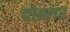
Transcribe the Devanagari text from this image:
वोह्लर